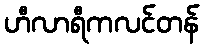
ဟီလာရီကလင်တန်